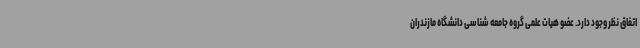
اتفاق نظر وجود دارد. عضو هیات علمی گروه جامعه شناسی دانشگاه مازندران